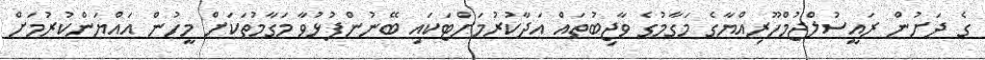
ގެ ދަށުން ރައީސުލްޖުމްހޫރިއްޔާގެ މަގާމުގެ ވާޖިބުތައް އަދާކުރުމަށްޓަކައި ބޭނުންފުޅުވާ މަގާމުތަކަށް މީހުން އައްޔަންކުރުމަށް